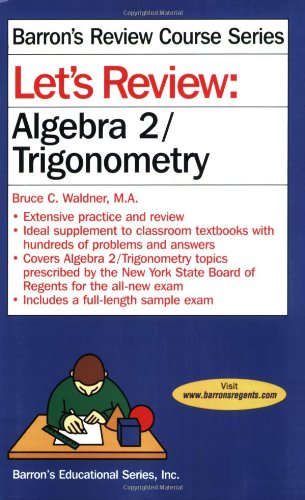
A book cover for Let's Review Algebra 2/Trigonometry (Let's Review Series); Bruce Waldner  M.A.; Test Preparation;